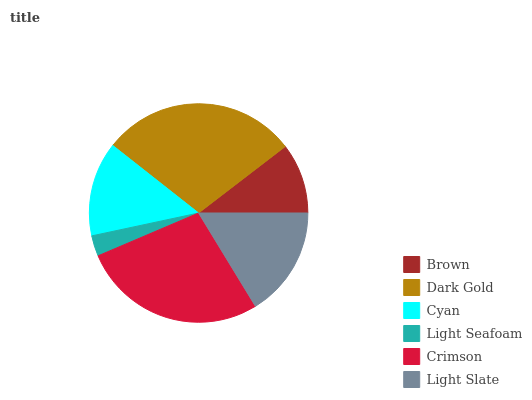
| Brown | Dark Gold | Cyan | Light Seafoam | Crimson | Light Slate |
 | --- | --- | --- | --- | --- | --- |
 | 10.4% | 29% | 14% | 3.06% | 27.4% | 16.2% |